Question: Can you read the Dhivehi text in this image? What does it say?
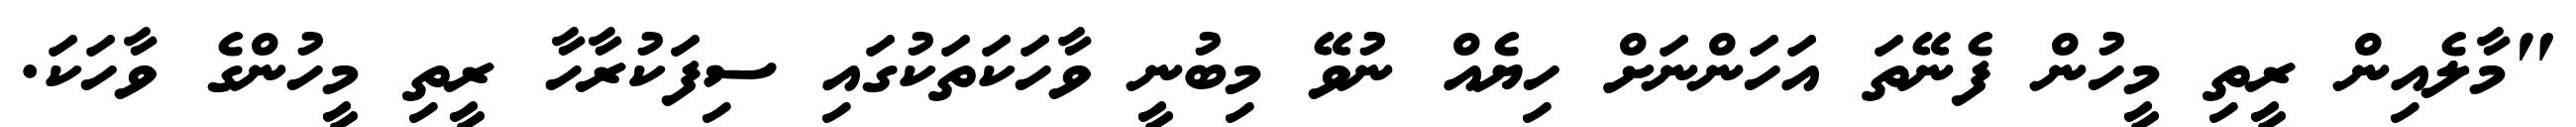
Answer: "މާލެއިން ރީތި މީހުން ފެނޭތަ އަހަންނަށް ހިޔެއް ނުވޭ މިބުނީ ވާހަކަތަކުގައި ސިފަކުރާހާ ރީތި މީހުންގެ ވާހަކަ.